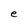
Character: e